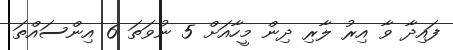
ފައިދާ ވާ އިރު ލާރި ދިން މީހާއަށް 5 ނުވަތަ 6 އިންސައްތަ